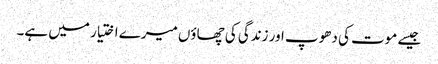
جیسے موت کی دھوپ اور زندگی کی چھاؤں میرے اختیار میں ہے۔